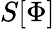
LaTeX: S[\Phi]